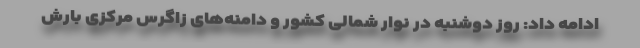
ادامه داد: روز دوشنبه در نوار شمالی کشور و دامنه‌های زاگرس مرکزی بارش